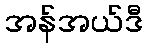
အန်အယ်ဒီ